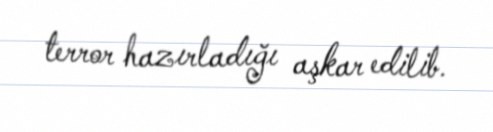
terror hazırladığı aşkar edilib.